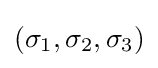
(\sigma _{1},\sigma _{2},\sigma _{3})\,\!